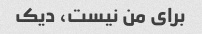
برای من نیست، دیک